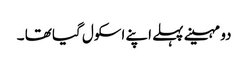
دو مہینے پہلے اپنے اسکول گیا تھا ۔